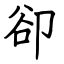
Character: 卻